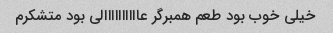
خیلی خوب بود طعم همبرگر عاااااااااالی بود متشکرم